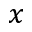
x